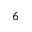
^ 6